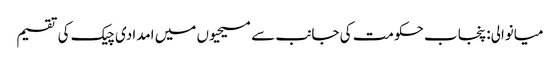
میانوالی: پنجاب حکومت کی جانب سے مسیحیوں میں امدادی چیک کی تقسیم